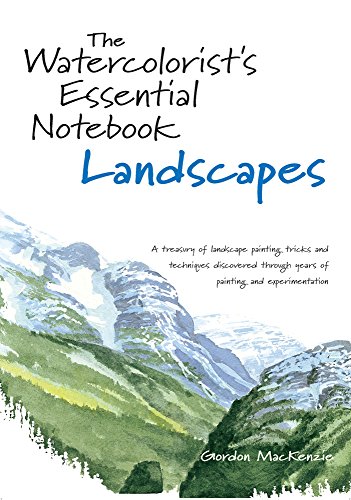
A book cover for The Watercolorist's Essential Notebook - Landscapes; Gordon MacKenzie; Arts & Photography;